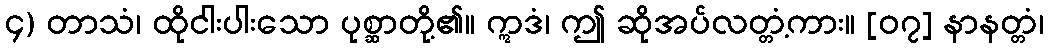
၄) တာသံ၊ ထိုငါးပါးသော ပုစ္ဆာတို့၏။ ဣဒံ၊ ဤ ဆိုအပ်လတ္တံ့ကား။ [၀၇] နာနတ္တံ၊